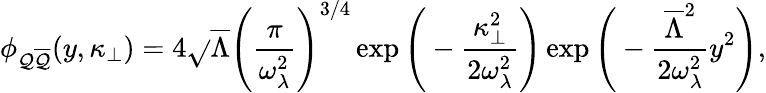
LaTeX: \phi_{\mathcal{Q}\overline{{{{\mathcal{Q}}}}}}(y,\kappa_{\bot})=4\sqrt{}{{\overline{{{{\Lambda}}}}}}\Bigg({\frac{{\pi}}{{\omega_{\lambda}^{2}}}}\Bigg)^{3/4}\exp\Bigg(-{\frac{{\kappa_{\bot}^{2}}}{{2\omega_{\lambda}^{2}}}}\Bigg)\exp\Bigg(-{\frac{{\overline{{{{\Lambda}}}}^{2}}}{{2\omega_{\lambda}^{2}}}}y^{2}\Bigg),